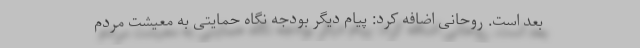
بعد است. روحانی اضافه کرد: پیام دیگر بودجه نگاه حمایتی به معیشت مردم